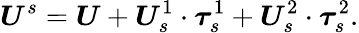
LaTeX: \boldsymbol{U}^{s}=\boldsymbol{U}+\boldsymbol{U}_{s}^{1}\cdot\boldsymbol{\tau}_{s}^{1}+\boldsymbol{U}_{s}^{2}\cdot\boldsymbol{\tau}_{s}^{2}.